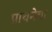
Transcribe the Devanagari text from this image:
प्राथनेचा